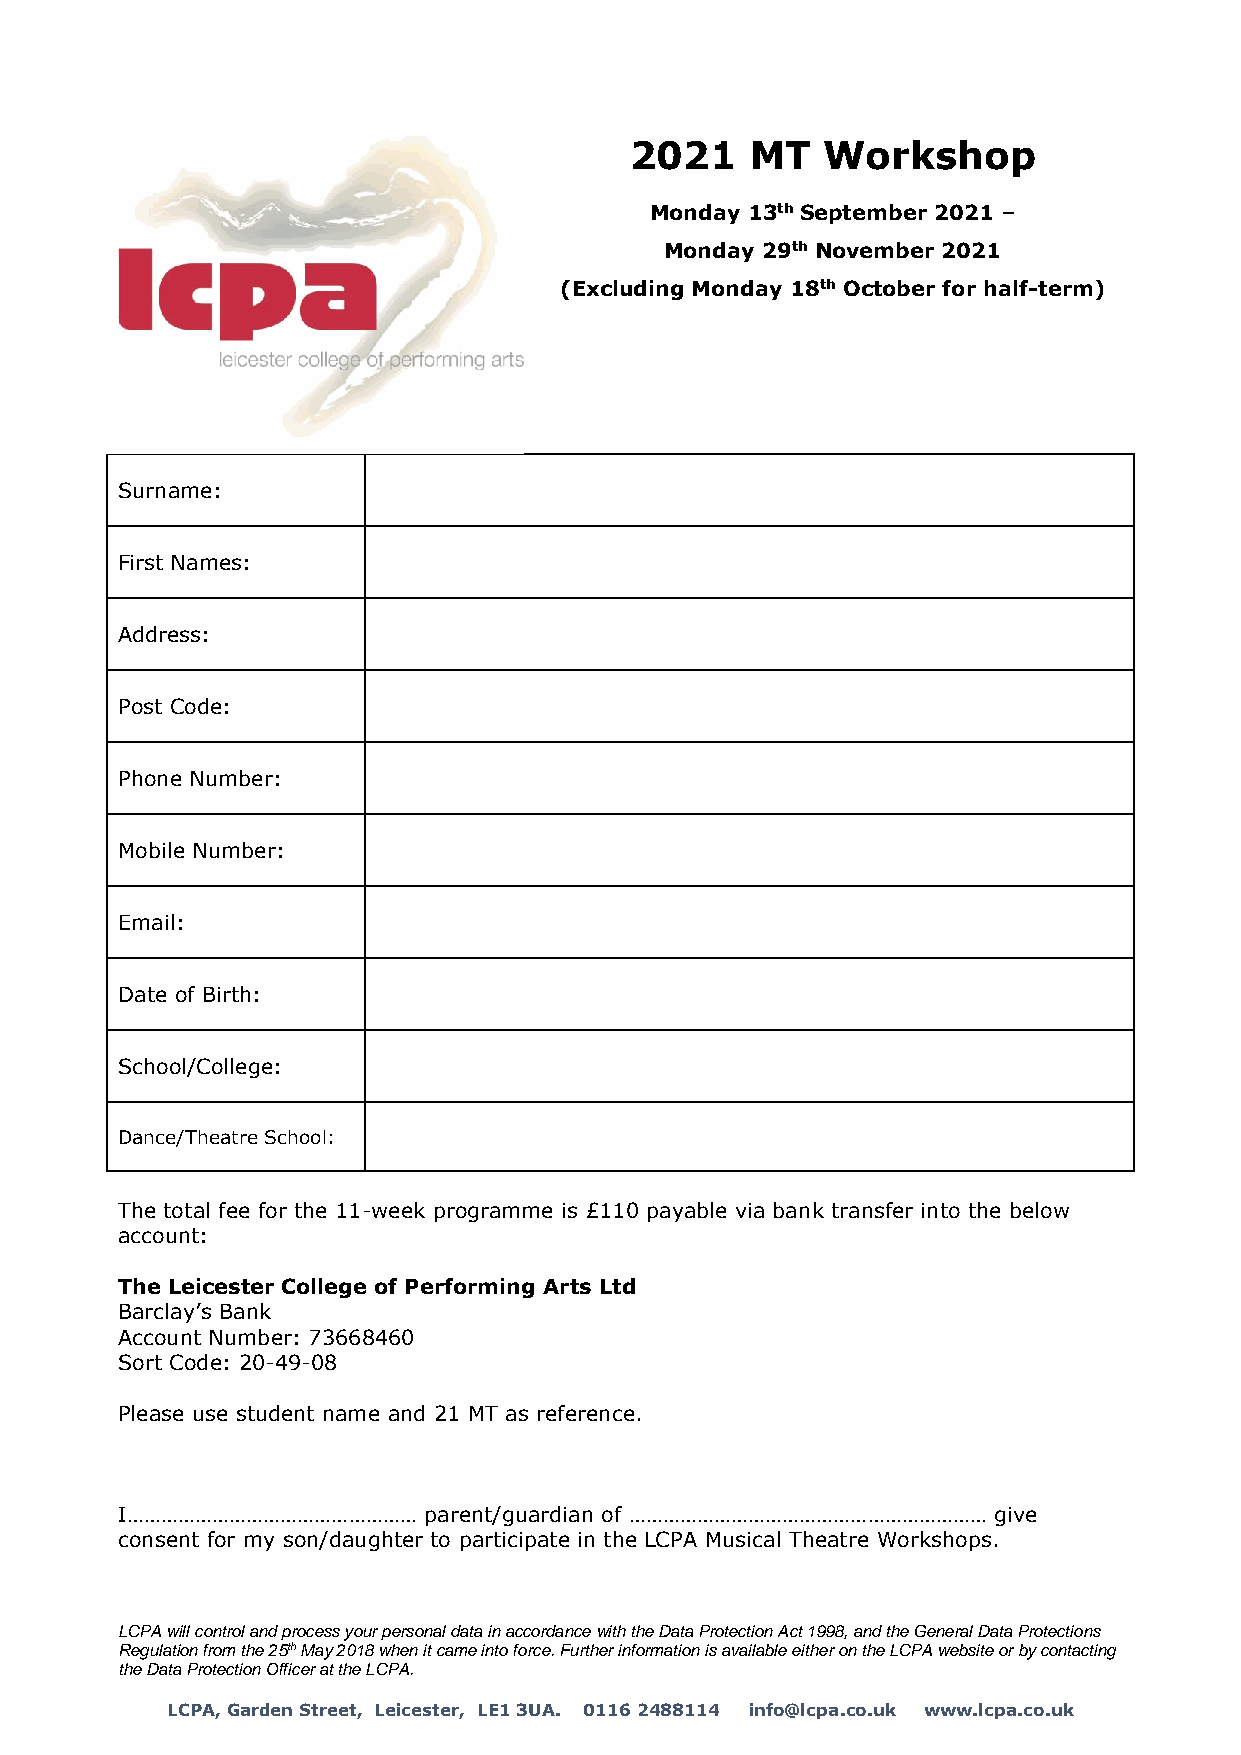
2021    MT  Workshop
 Monday 13th September 2021 –
 Monday 29th November 2021
 (Excluding Monday 18th October for half-term)
 Surname:
 First Names:
 Address:
 Post Code:
 Phone Number:
 Mobile Number:
 Email:
 Date of Birth:
 School/College:
 Dance/Theatre School:
 The total fee for the 11-week programme is £110 payable via bank transfer into the below
 account:
 The Leicester College of Performing Arts Ltd
 Barclay’s Bank
 Account Number: 73668460
 Sort Code: 20-49-08
 Please use student name and 21 MT as reference.
 I……………………………………………  parent/guardian of ……………………………………………………… give
 consent for my son/daughter to participate in the LCPA Musical Theatre Workshops.
 LCPA will control and process your personal data in accordance with the Data Protection Act 1998, and the General Data Protections
 Regulation from the 25th May 2018 when it came into force. Further information is available either on the LCPA website or by contacting
 the Data Protection Officer at the LCPA.
 LCPA, Garden Street, Leicester, LE1 3UA. 0116 2488114 info@lcpa.co.uk www.lcpa.co.uk